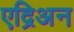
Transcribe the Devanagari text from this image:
एद्रिअन